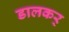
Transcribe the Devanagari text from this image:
डालकर्